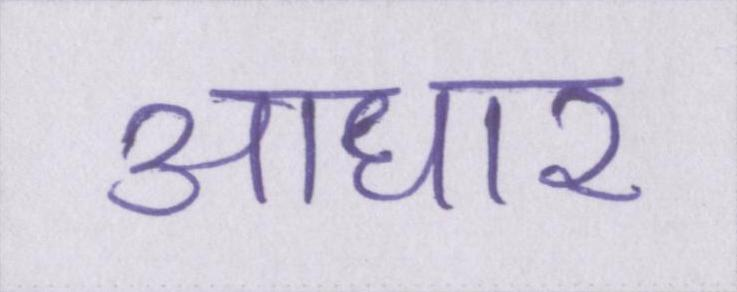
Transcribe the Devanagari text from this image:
आधार